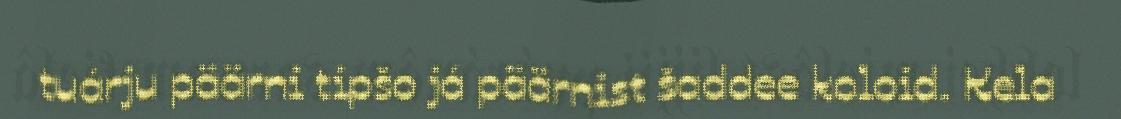
tuárju päärni tipšo já päärnist šaddee koloid. Kela